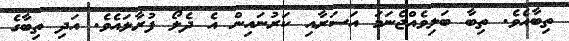
ތިބާއެވެ. ތިބާ ބަލިވެއްޖެނަމަ އަސަރާއި ކަރުނައިން އެ ދެލޯ ފުރާލައެވެ. އަދި ތިބާގެ